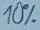
Text: 10%